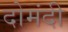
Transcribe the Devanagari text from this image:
दोमंदी